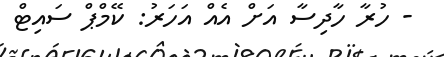
- ހުރާ ހާދިސާ އަށް އެއް އަހަރު: ކޭމްޕް ސައިޓް